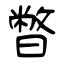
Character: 暼